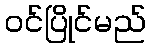
ဝင်ပြိုင်မည်